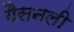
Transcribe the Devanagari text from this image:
गैसनली